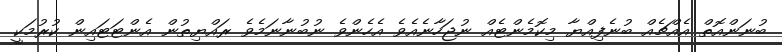
ބުނަންއޮތް އެއްޗެއް ބުނެފިއްޔާ މިކޮމެންޓެއް ނުޖަހާނެއެވެ އެހެންވެ ނުބުނާނަމެވެ ރައްޔިތުން އެންޓަޓައިން ކުރުމަކީ